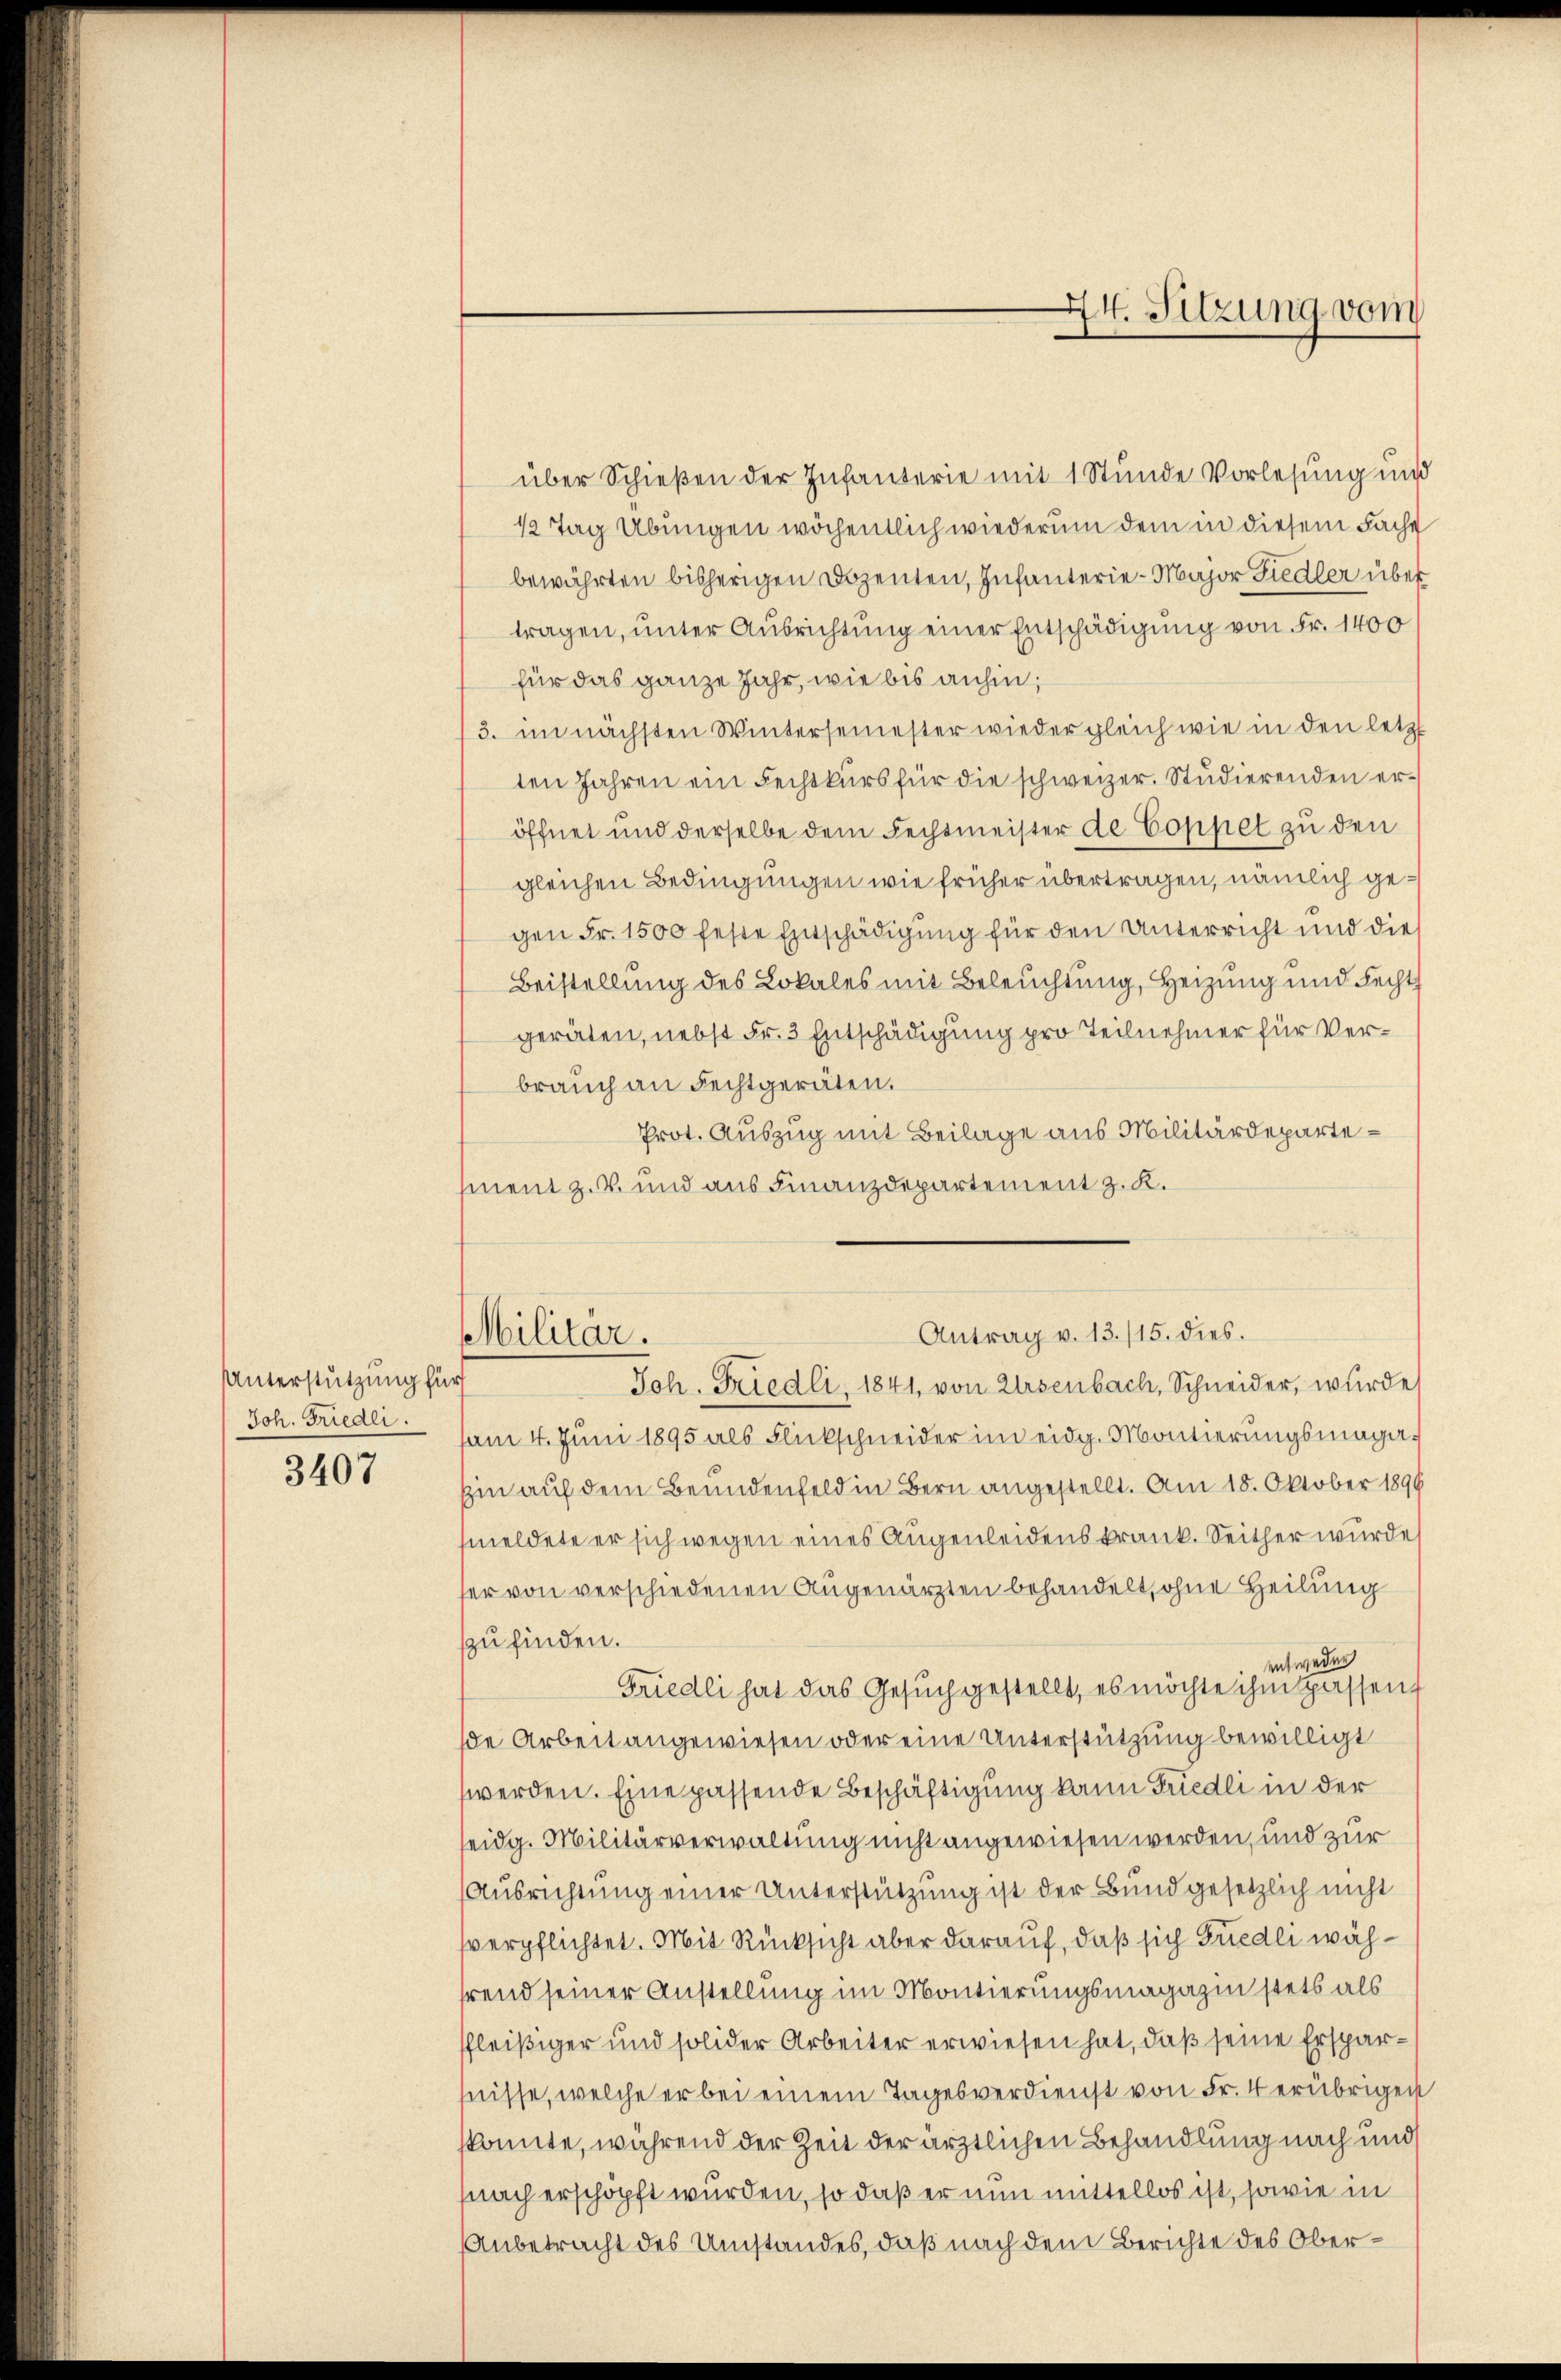
3407

Unterstützung für
Joh. Friedli

über Schießen der Infanterie mit 1 Stunde Vorlesung und
12 Tag Übungen wöchentlich wiederum dem in diesem Fache
bewährten bisherigen Dozenten, Infanterie-Major Fiedler über
tragen, unter Ausrichtung einer Entschädigung von Fr. 1400
für das ganze Jahr, wie bis anhin;
3. im nächsten Wintersemester wiedergleich wie in den letzt
ten Jahren ein Fechtkurs für die schweizer. Studierenden eröffnet und derselbe dem Fechtmeister de Coppel zu den
gleichen Bedingungen wie früher übertragen, nämlich gegen Fr. 1500 feste Entschädigung für den Unterricht und dies
Beistellung des Lokales mit Beleuchtung, Heizung und Fecht
geräten, nebst Fr. 3 Entschädigung pro Teilnehmer für Verbrauch an Fechtgeräten.
Prot. Auszug mit Beilage aus Militärdepartement z. B. und aus Finanzdepartement z. K.

am 4. Juni 1895 als Blickschneider im eidg. Montierungsmaga
hin auf dem Beundenfeld in Bern angestellt. Am 18. Oktober 1890
meldete er sich wegen eines Augenleidenskrank. Seither wurde
her von verschiedenen Augenärzten behandelt, ohne Heilung
zu finden.
entweder
Friedli hat das Gesuch gestellt, es möchte ihm spassent
se Arbeit angewiesen oder eine Unterstützung bewilligt
werden. Eine passende Beschäftigung kann Friedli in der
seidg. Militärverwaltung nicht angewiesen werden, und zur
(Ausrichtung einer Unterstützung ist der Bund gesetzlich nicht
verpflichtet. Mit Rücksicht aber darauf, daß sich Friedli wähhrend seiner Anstellung im Montierungsmagazin stets als
ffleißiger und solider Arbeiter erwiesen hat, daß seine Ersparfnisse, welche er bei einem Tagesverdienst von Fr. 4 erübrigen
konnte, während der Zeit der ärztlichen Behandlung nach und
nach erschöpft wurden, so daß er nun mittellos ist, sowie in
Anbetracht des Umstandes, daß nach dem Berichte des Ober¬

44. Sitzung vom

Antrag v. 13./15. dies.
Militar.
Joh. Friedli, 1841, von Ursenbach, Schneider, wurde